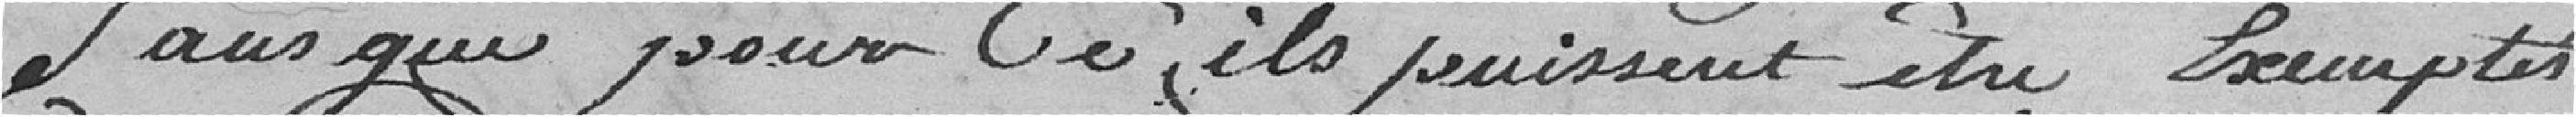
sans que pour ils puissent être exemptés